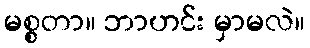
မစ္စတာ။ ဘာဟင်း မှာမလဲ။